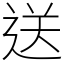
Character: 送